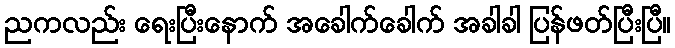
ညကလည်း ရေးပြီးနောက် အခေါက်ခေါက် အခါခါ ပြန်ဖတ်ပြီးပြီ။